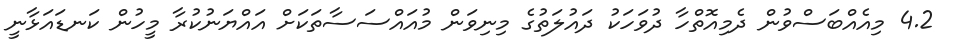
4.2 މިއެއްބަސްވުން ދެމިއޮތްހާ ދުވަހަކު ދައުލަތުގެ މިނިވަން މުއައްސަސާތަކަށް އައްޔަނުކުރާ މީހުން ކަނޑައަޅާނީ